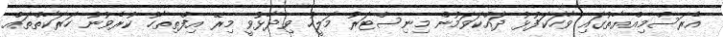
އެރަސްމިއްޔާތުގައި ވާހަކަފުޅު ދައްކަވަމުން މިނިސްޓަރު މަލީހު ވިދާޅުވީ މިރޭ އިފްތިތާހު ކުރެވުނު ހަރަކާތްތައް